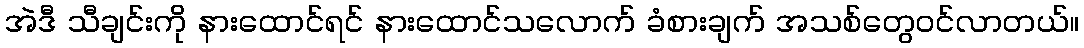
အဲဒီ သီချင်းကို နားထောင်ရင် နားထောင်သလောက် ခံစားချက် အသစ်တွေဝင်လာတယ်။